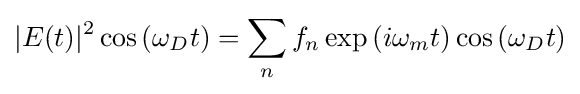
{\begin{aligned}|E(t)|^{2}\cos {(\omega _{D}t)}&=\sum _{n}f_{n}\exp {(i\omega _{m}t)}\cos {(\omega _{D}t)}\\\end{aligned}}